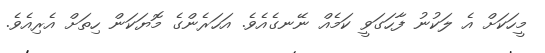
މީހަކަށް އެ ލަކުނު ފާހަގަވީ ކަމެއް ނޭނގެއެވެ. އަހަރެންގެ މޮޔަކަން ހިތަށް އެރިއެވެ.